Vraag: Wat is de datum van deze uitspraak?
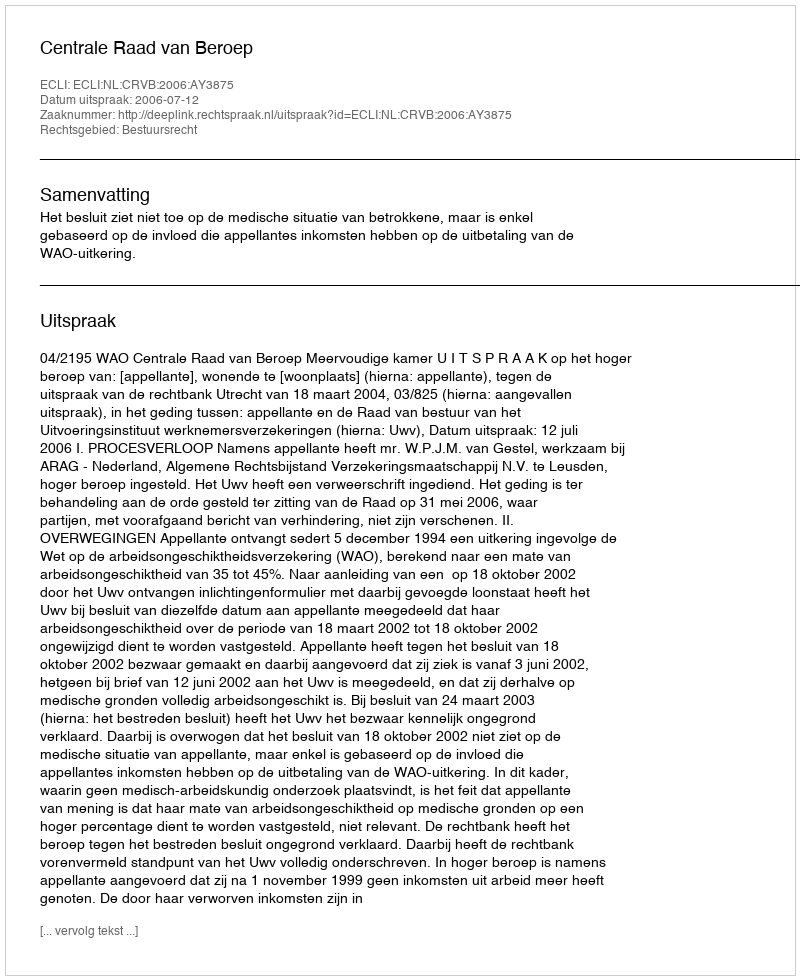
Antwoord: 2006-07-12